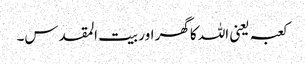
کعبہ یعنی اللہ کا گھر اور بیت المقدس۔